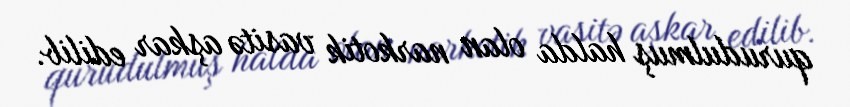
qurudulmuş halda olan narkotik vasitə aşkar edilib.